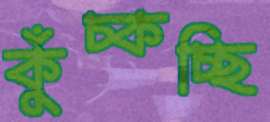
কুঁচ্‌কচ্ছি